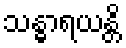
သန္ဓာရယန္တိ